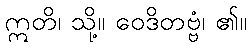
ဣတိ၊ သို့။ ဝေဒိတဗ္ဗံ၊ ၏။